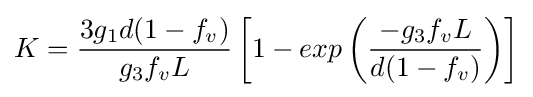
K={\frac {3g_{1}d(1-f_{v})}{g_{3}f_{v}L}}\left[1-exp\left({\frac {-g_{3}f_{v}L}{d(1-f_{v})}}\right)\right]